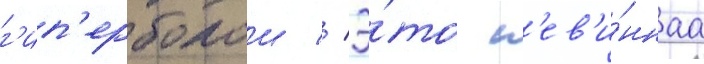
г'ип'ерболои // Э́то н'ев'и́ннаа